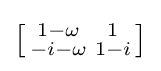
\left[{\begin{smallmatrix}1-\omega &1\\-i-\omega &1-i\end{smallmatrix}}\right]